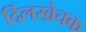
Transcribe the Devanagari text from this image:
दिलखेचक